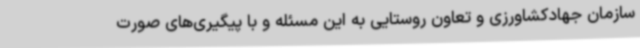
سازمان جهادکشاورزی و تعاون روستایی به این مسئله و با پیگیری‌های صورت